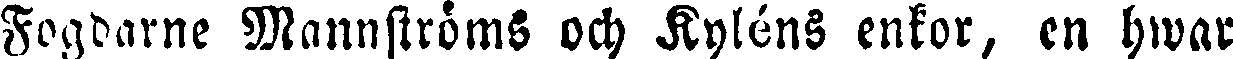
Fogdarne Mannströms och Kyléns enkor, en hwar